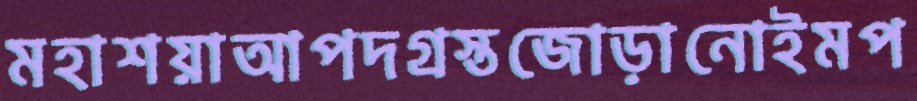
মহাশয়াআপদগ্রস্তজোড়ানোইমপ